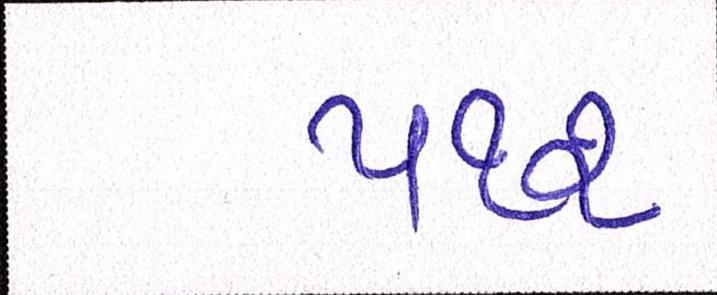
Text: ૫૧૨